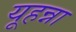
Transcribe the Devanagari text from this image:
यूहन्ना